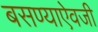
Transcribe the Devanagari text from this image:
बसण्याऐवजी